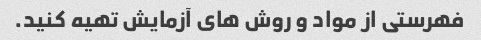
فهرستی از مواد و روش های آزمایش تهیه کنید.